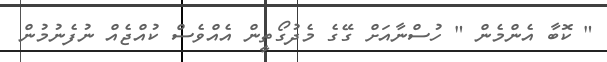
" ކޮބާ އެންމެން " ހުސްނާއަށް ގޭގެ މެދުގޯތީން އެއްވެސް ކުއްޖެއް ނުފެނުމުން